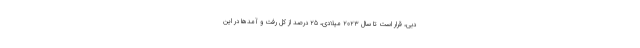
دبی، قرار است تا سال 2023 میلادی، 25 درصد از کل رفت و آمدها در این